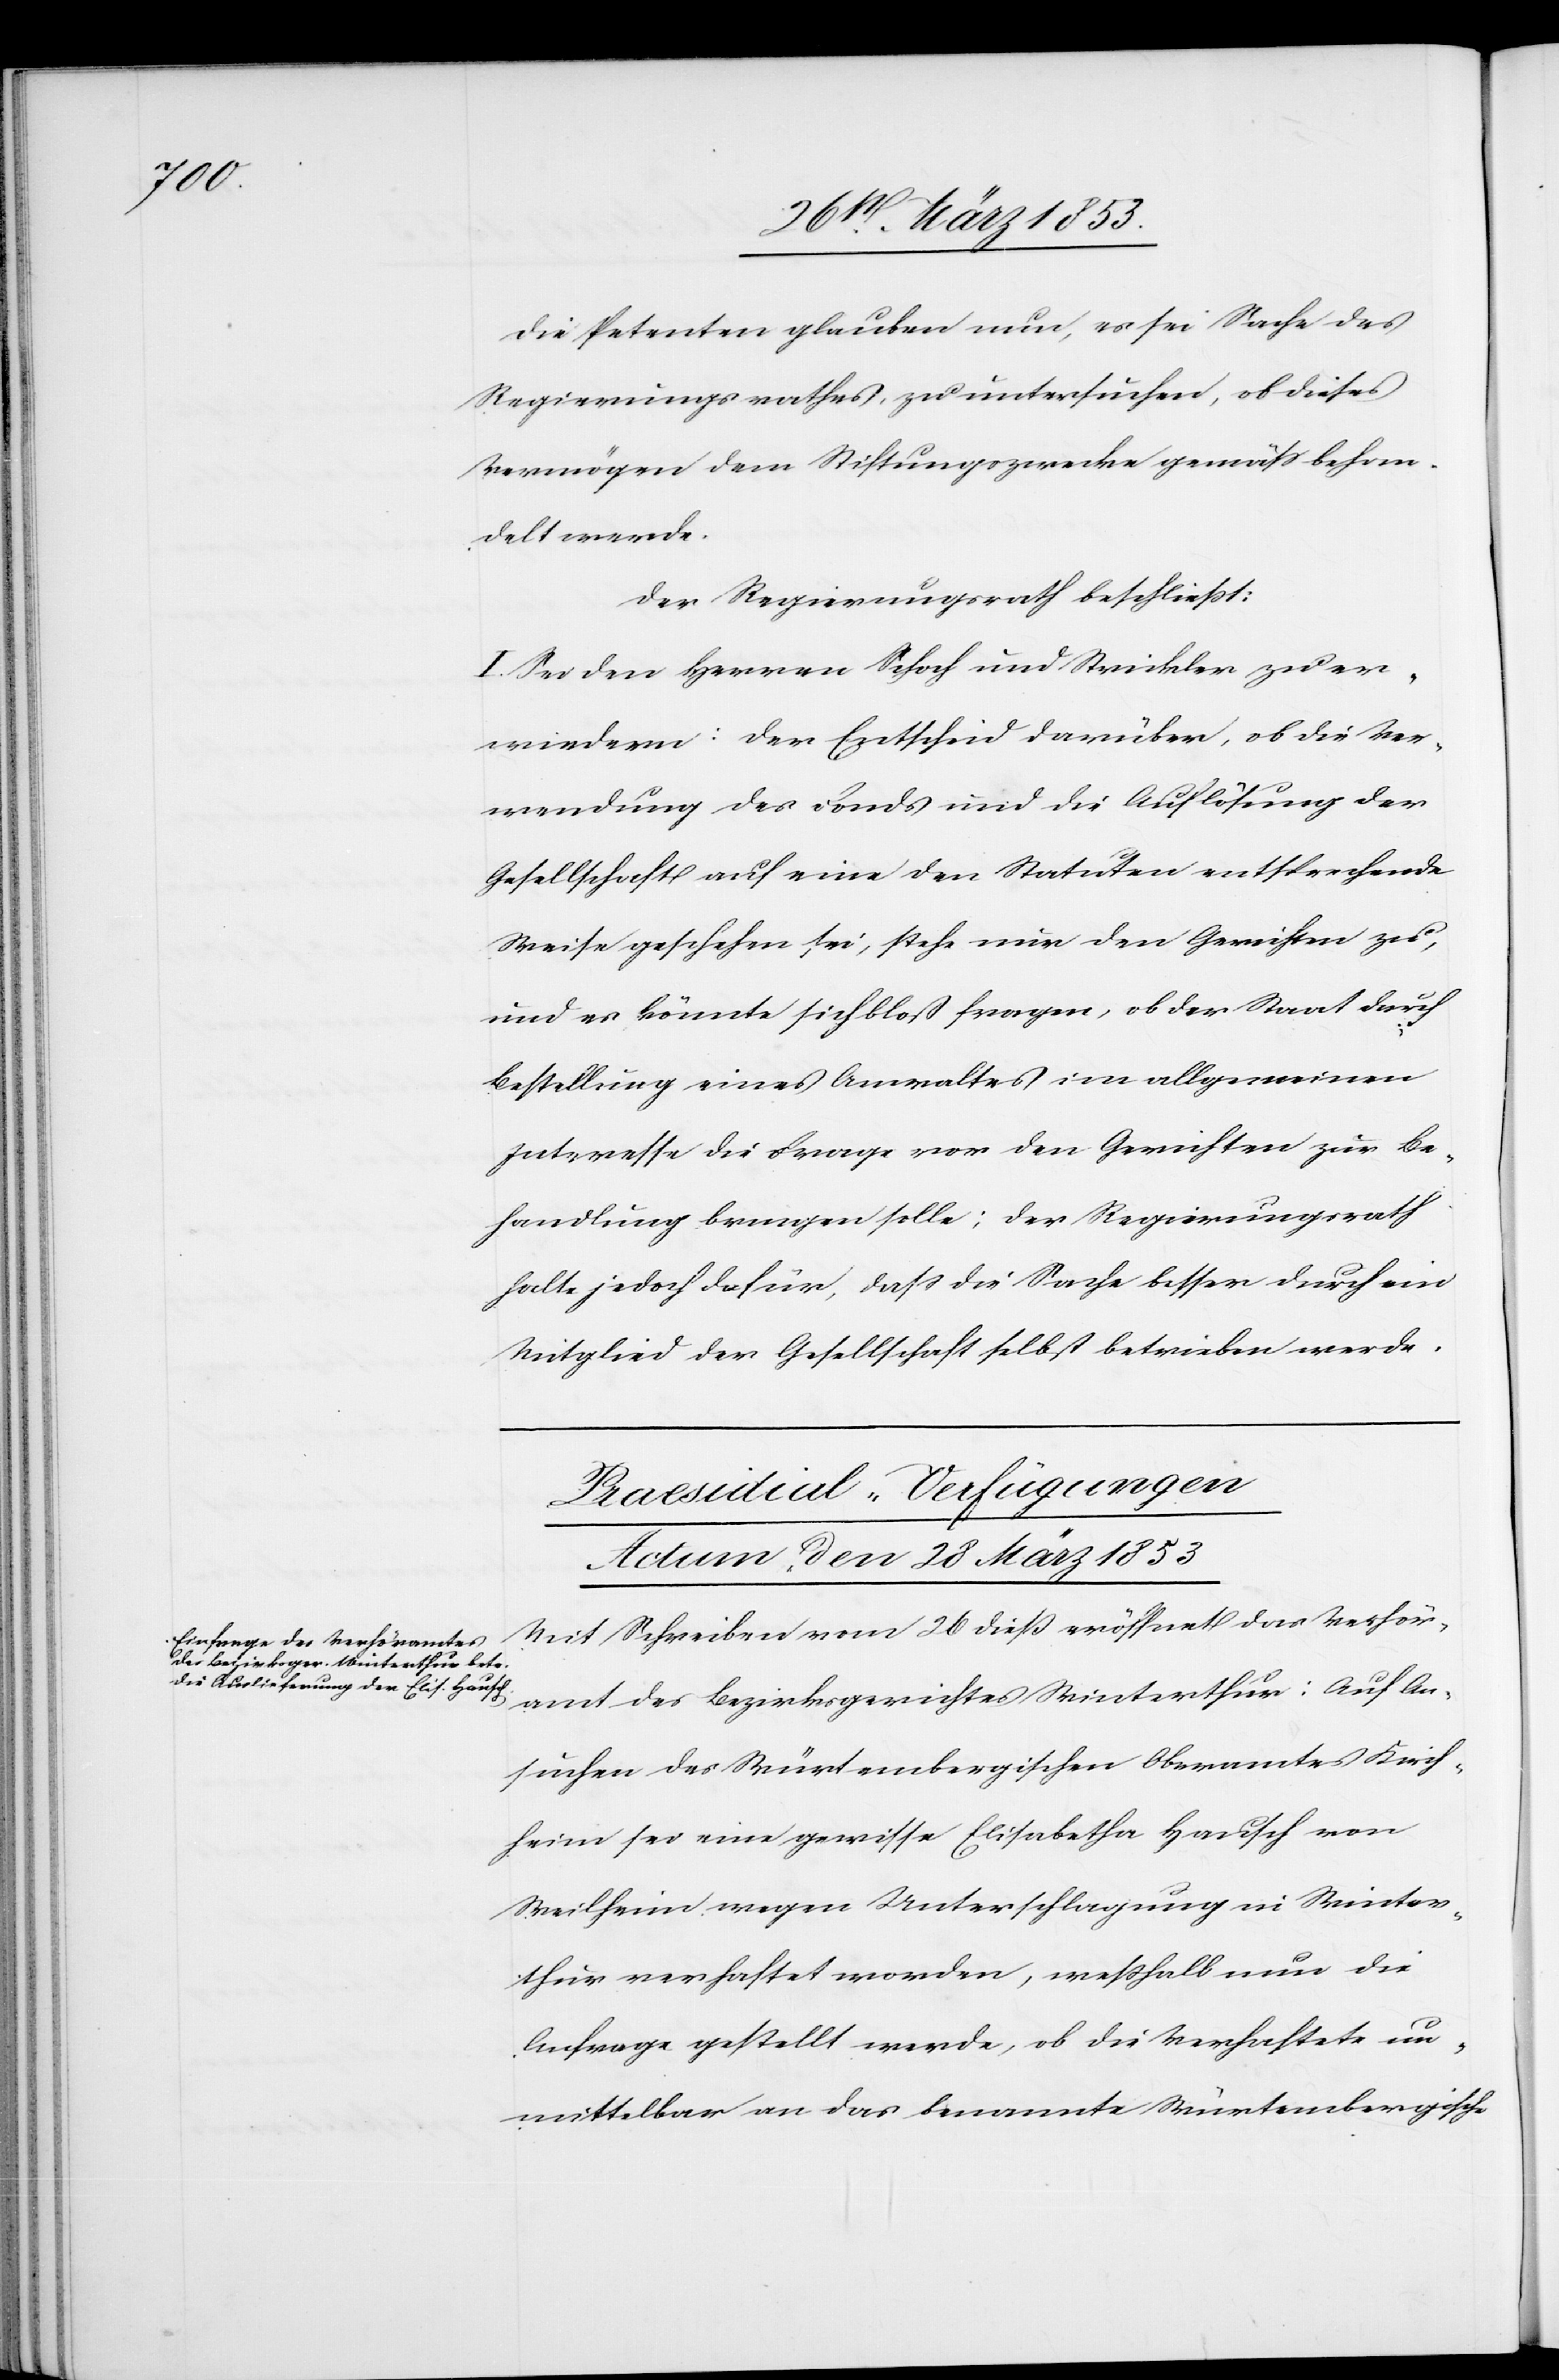
Die Petenten glauben nun, es sei die Sache des
Regierungsrathes, zu untersuchen, ob dieses
Vermögen dem Stiftungszwecke gemäß behan¬
delt werde.
Der Regierungsrath beschließt:
I. Sei den Herrn Schoch und Strickler zu er¬
wiedern: der Entscheid darüber, ob die Ver¬
wendung des Fonds und die Auflösung der
Gesellschaft auf eine den Statuten entsprechende
Weise geschehen sei, stehe nur den Gerichten zu,
und es könne sich bloß fragen, ob der Staat durch
Bestellung eines Anwaltes im allgemeinen
Interesse die Frage vor den Gerichten zur Be¬
handlung bringen solle; der Regierungsrath
halte jedoch dafür, daß die Sache besser durch ein
Mitglied der Gesellschaft selbst betrieben werde.
Praesidial-Verfügungen
Actum, den 28 März 1853
Mit Schreiben vom 26 dieß eröffnet das Verhör¬
amt des Bezirksgerichtes Winterthur: Auf An¬
suchen des Würtembergischen Oberamte Kirch¬
heim sei eine gewisse Elisabetha Hausch von
Weilheim wegen Unterschlagung in Winter¬
thur verhaftet worden, weßhalb nun die
Anfrage gestellt werde, ob die Verhaftete un¬
mittelbar an das benannte Würtembergische